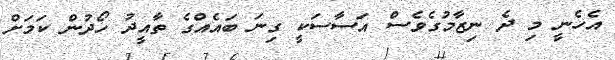
އެހެނީ މި ދެ ނިޒާމުގެވެސް އަސާސަކީ ގިނަ ބައެއްގެ ތާއީދު ހޯދުން ކަމަށް